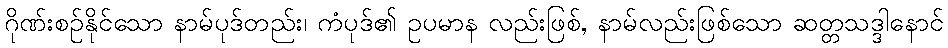
ဂိုဏ်းစဉ်နိုင်သော နာမ်ပုဒ်တည်း၊ ကံပုဒ်၏ ဥပမာန လည်းဖြစ်, နာမ်လည်းဖြစ်သော ဆတ္တသဒ္ဒါနောင်